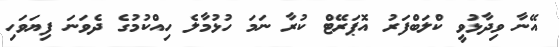
އޭނާ ވިދާޅުވީ ކްލަބްފަރު އޮޕަރޭޓް ކުރާ ނަމަ ހުޅުމާލެ ހިއްކުމުގެ ދެވަނަ ފިޔަވަހި